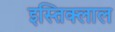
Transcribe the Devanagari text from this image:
इस्तिक्लाल